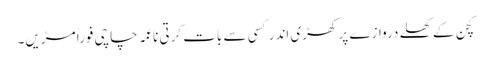
کچن کے کھلے دروازے پر کھڑی اندر کسی سے بات کرتی ناعمہ چاچی فوراً مڑیں۔